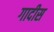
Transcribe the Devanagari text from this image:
गादीस